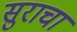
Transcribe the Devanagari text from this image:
सुराचा